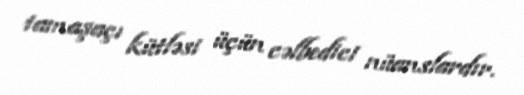
tamaşaçı kütləsi üçün cəlbedici nüanslardır.